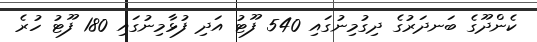
ކެންދޫގެ ބަނދަރުގެ ދިގުމިނުގައި 540 ފޫޓު އަދި ފުޅާމިނުގައި 180 ފޫޓު ހުރެ